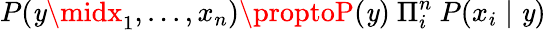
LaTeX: P(\mathit{y}\midx_{1},...,x_{n})\proptoP(\mathit{y})~\Pi_{i}^{n}~P(x_{i}\mid\mathit{y})